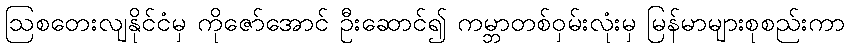
ဩစတေးလျနိုင်ငံမှ ကိုဇော်အောင် ဦးဆောင်၍ ကမ္ဘာတစ်ဝှမ်းလုံးမှ မြန်မာများစုစည်းကာ